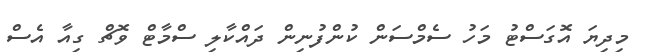
މިދިޔަ އޮގަސްޓު މަހު ސެމްސަން ކުންފުނިން ދައްކާލި ސްމާޓް ވޮޗް ގިއާ އެސް